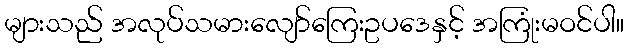
များသည် အလုပ်သမားလျော်ကြေးဥပဒေနှင့် အကြုံးမဝင်ပါ။